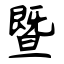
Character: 暨